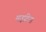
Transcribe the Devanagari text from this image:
माइटिना